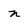
Character: n